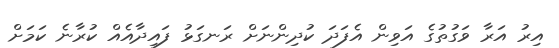
އިރު އަރާ ވަގުތުގެ އަވިން އެފަދަ ކުދިންނަށް ރަނގަޅު ފައިދާއެއް ކުރާނެ ކަމަށް